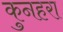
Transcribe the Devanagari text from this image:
कुनहरा